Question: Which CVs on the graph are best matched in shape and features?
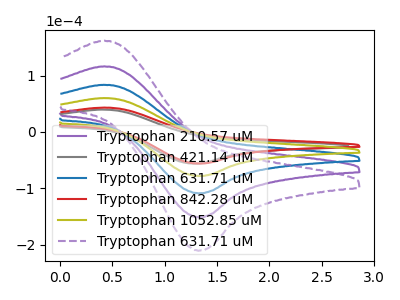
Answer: <think>The purple curve "Tryptophan 210.57 uM" has an anodic peak at (0.40V, 180.05uA) and a cathodic peak at (1.35V, -234.55uA). The gray curve "Tryptophan 421.14 uM" has an anodic peak at (0.40V, 39.65uA) and a cathodic peak at (1.30V, -56.20uA). The blue curve "Tryptophan 631.71 uM" has an anodic peak at (0.40V, 120.05uA) and a cathodic peak at (1.35V, -156.35uA). The red curve "Tryptophan 842.28 uM" has an anodic peak at (0.40V, 43.15uA) and a cathodic peak at (1.35V, -56.20uA). The olive curve "Tryptophan 1052.85 uM" has an anodic peak at (0.40V, 60.00uA) and a cathodic peak at (1.35V, -78.20uA). The purple dashed curve "Tryptophan 631.71 uM" has an anodic peak at (0.40V, 240.05uA) and a cathodic peak at (1.35V, -312.70uA).
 All the peaks in "Tryptophan 210.57 uM" have a peak in "Tryptophan 421.14 uM" at the same potential. Every peak in "Tryptophan 210.57 uM" is higher than every peak in "Tryptophan 421.14 uM". All the peaks in "Tryptophan 210.57 uM" have a peak in "Tryptophan 631.71 uM" at the same potential. Every peak in "Tryptophan 210.57 uM" is higher than every peak in "Tryptophan 631.71 uM". All the peaks in "Tryptophan 210.57 uM" have a peak in "Tryptophan 842.28 uM" at the same potential. Every peak in "Tryptophan 210.57 uM" is higher than every peak in "Tryptophan 842.28 uM". All the peaks in "Tryptophan 210.57 uM" have a peak in "Tryptophan 1052.85 uM" at the same potential. Every peak in "Tryptophan 210.57 uM" is higher than every peak in "Tryptophan 1052.85 uM". All the peaks in "Tryptophan 210.57 uM" have a peak in "Tryptophan 631.71 uM" at the same potential. Every peak in "Tryptophan 210.57 uM" is lower than every peak in "Tryptophan 631.71 uM". All the peaks in "Tryptophan 421.14 uM" have a peak in "Tryptophan 631.71 uM" at the same potential. Every peak in "Tryptophan 421.14 uM" is lower than every peak in "Tryptophan 631.71 uM". All the peaks in "Tryptophan 421.14 uM" have a peak in "Tryptophan 842.28 uM" at the same potential. All the peaks in "Tryptophan 421.14 uM" have a peak in "Tryptophan 1052.85 uM" at the same potential. Every peak in "Tryptophan 421.14 uM" is lower than every peak in "Tryptophan 1052.85 uM". All the peaks in "Tryptophan 421.14 uM" have a peak in "Tryptophan 631.71 uM" at the same potential. Every peak in "Tryptophan 421.14 uM" is lower than every peak in "Tryptophan 631.71 uM". All the peaks in "Tryptophan 631.71 uM" have a peak in "Tryptophan 842.28 uM" at the same potential. Every peak in "Tryptophan 631.71 uM" is higher than every peak in "Tryptophan 842.28 uM". All the peaks in "Tryptophan 631.71 uM" have a peak in "Tryptophan 1052.85 uM" at the same potential. Every peak in "Tryptophan 631.71 uM" is higher than every peak in "Tryptophan 1052.85 uM". All the peaks in "Tryptophan 631.71 uM" have a peak in "Tryptophan 631.71 uM" at the same potential. Every peak in "Tryptophan 631.71 uM" is lower than every peak in "Tryptophan 631.71 uM". All the peaks in "Tryptophan 842.28 uM" have a peak in "Tryptophan 1052.85 uM" at the same potential. Every peak in "Tryptophan 842.28 uM" is lower than every peak in "Tryptophan 1052.85 uM". All the peaks in "Tryptophan 842.28 uM" have a peak in "Tryptophan 631.71 uM" at the same potential. Every peak in "Tryptophan 842.28 uM" is lower than every peak in "Tryptophan 631.71 uM". All the peaks in "Tryptophan 1052.85 uM" have a peak in "Tryptophan 631.71 uM" at the same potential. Every peak in "Tryptophan 1052.85 uM" is lower than every peak in "Tryptophan 631.71 uM".</think>
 <answer>"Tryptophan 842.28 uM", "Tryptophan 210.57 uM", "Tryptophan 421.14 uM", "Tryptophan 631.71 uM", "Tryptophan 1052.85 uM" and "Tryptophan 631.71 uM" have the same shape and are likely CV's of the same chemical.</answer>
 <eval>"Tryptophan 842.28 uM" "Tryptophan 210.57 uM" "Tryptophan 421.14 uM" "Tryptophan 631.71 uM" "Tryptophan 1052.85 uM" "Tryptophan 631.71 uM"</eval>